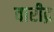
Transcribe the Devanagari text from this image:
वारीद्र